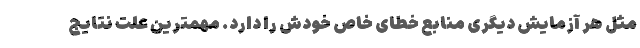
مثل هر آزمایش دیگری منابع خطای خاص خودش را دارد. مهمترین علت نتایج